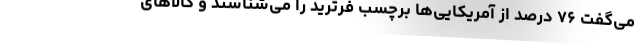
می‌گفت ۷۶ درصد از آمریکایی‌ها برچسب فرترید را می‌شناسند و کالاهای